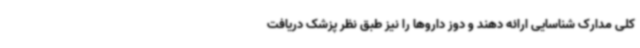
کلی مدارک شناسایی ارائه دهند و دوز داروها را نیز طبق نظر پزشک دریافت